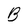
Character: B